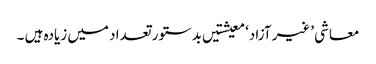
معاشی ’غیر آزاد‘ معیشتیں بدستور تعداد میں زیادہ ہیں ۔